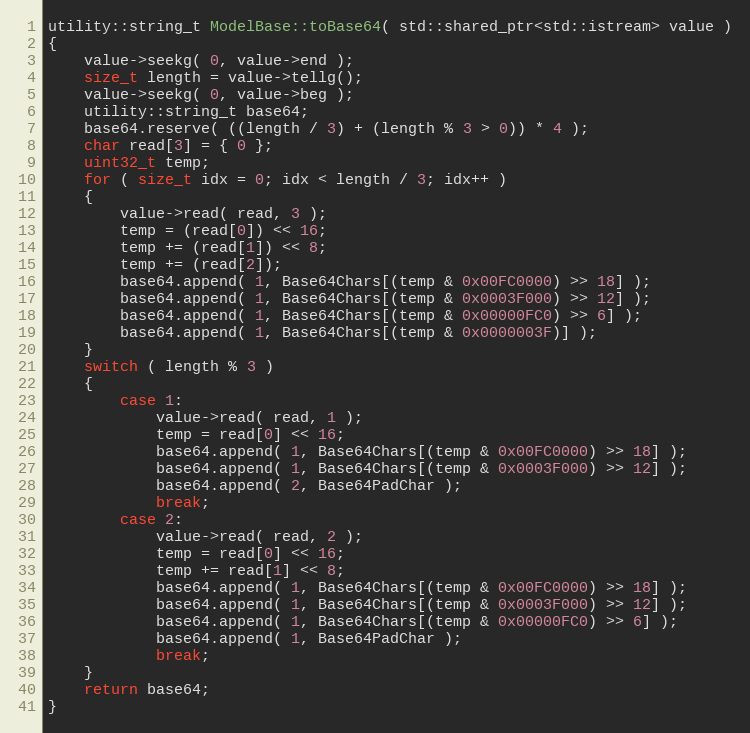
Language: C++
utility::string_t ModelBase::toBase64( std::shared_ptr<std::istream> value )
{
    value->seekg( 0, value->end );
    size_t length = value->tellg();
    value->seekg( 0, value->beg );
    utility::string_t base64;
    base64.reserve( ((length / 3) + (length % 3 > 0)) * 4 );
    char read[3] = { 0 };
    uint32_t temp;
    for ( size_t idx = 0; idx < length / 3; idx++ )
    {
        value->read( read, 3 );
        temp = (read[0]) << 16;
        temp += (read[1]) << 8;
        temp += (read[2]);
        base64.append( 1, Base64Chars[(temp & 0x00FC0000) >> 18] );
        base64.append( 1, Base64Chars[(temp & 0x0003F000) >> 12] );
        base64.append( 1, Base64Chars[(temp & 0x00000FC0) >> 6] );
        base64.append( 1, Base64Chars[(temp & 0x0000003F)] );
    }
    switch ( length % 3 )
    {
        case 1:
            value->read( read, 1 );
            temp = read[0] << 16;
            base64.append( 1, Base64Chars[(temp & 0x00FC0000) >> 18] );
            base64.append( 1, Base64Chars[(temp & 0x0003F000) >> 12] );
            base64.append( 2, Base64PadChar );
            break;
        case 2:
            value->read( read, 2 );
            temp = read[0] << 16;
            temp += read[1] << 8;
            base64.append( 1, Base64Chars[(temp & 0x00FC0000) >> 18] );
            base64.append( 1, Base64Chars[(temp & 0x0003F000) >> 12] );
            base64.append( 1, Base64Chars[(temp & 0x00000FC0) >> 6] );
            base64.append( 1, Base64PadChar );
            break;
    }
    return base64;
}